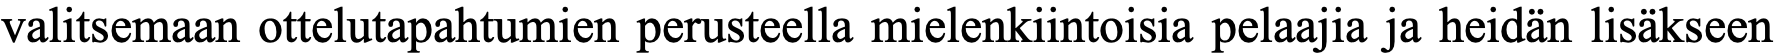
valitsemaan ottelutapahtumien perusteella mielenkiintoisia pelaajia ja heidän lisäkseen